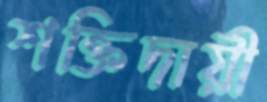
শক্তিদায়ী